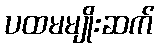
ပထမမျိုးဆက်